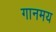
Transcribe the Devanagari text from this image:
गानमय